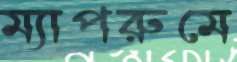
ম্যাপরুমে